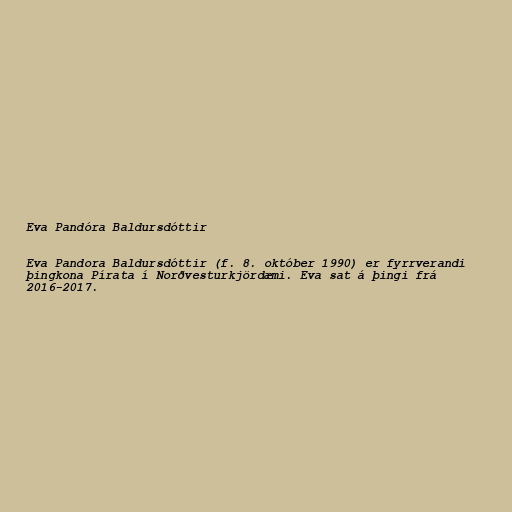
Eva Pandóra Baldursdóttir

Eva Pandora Baldursdóttir (f. 8. október 1990) er fyrrverandi
þingkona Pírata í Norðvesturkjördæmi. Eva sat á þingi frá
2016-2017.